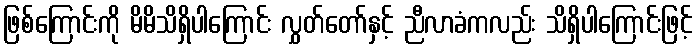
ဖြစ်ကြောင်းကို မိမိသိရှိပါကြောင်း လွှတ်တော်နှင့် ညီလာခံကလည်း သိရှိပါကြောင်းဖြင့်